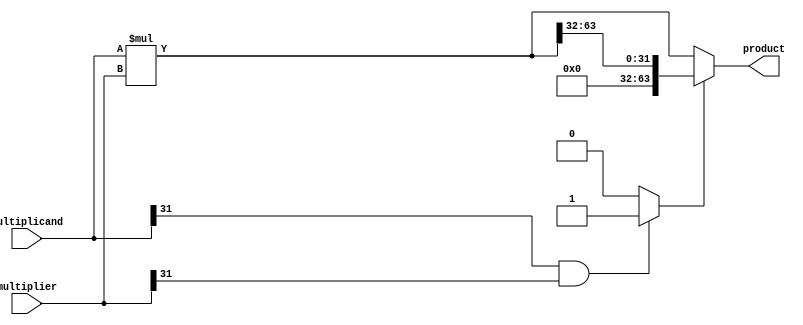
module signed_multiplier(
    input [31:0] multiplicand,
    input [31:0] multiplier,
    output reg [63:0] product
);

reg sign_extend;
reg [63:0] mult_result;

always @ (*) begin
    if (multiplicand[31] == 1 && multiplier[31] == 1) begin
        sign_extend = 1;
    end else begin
        sign_extend = 0;
    end

    mult_result = multiplicand * multiplier;
    if (sign_extend == 1) begin
        product = {32'b0, mult_result[63:32]};
    end else begin
        product = mult_result;
    end
end

endmodule